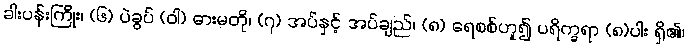
ခါးပန်းကြိုး၊ (၆) ပဲခွပ် (ဝါ) ဓားမတို၊ (၇) အပ်နှင့် အပ်ချည်၊ (၈) ရေစစ်ဟူ၍ ပရိက္ခရာ (၈)ပါး ရှိ၏၊